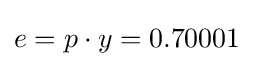
e=p\cdot y=0.70001